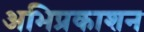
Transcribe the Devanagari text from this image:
अभिप्रकाशन